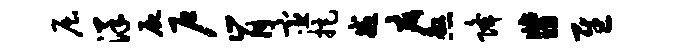
屈洋尸户肯宦拒戒疵煞降翡慰